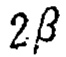
$2\beta$